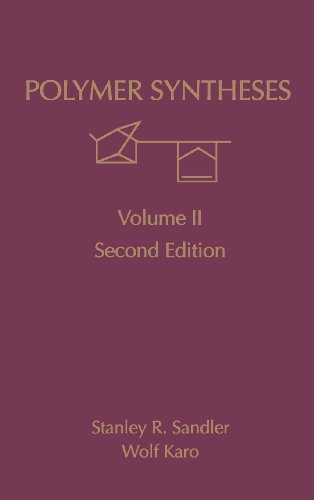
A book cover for Polymer Syntheses. Volume II. Second Edition; Stanley R. Sandler; Science & Math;